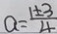
a = \frac { 1 \pm 3 } { 4 }